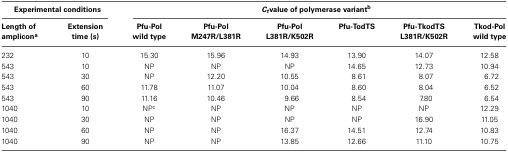
| <COLSPAN=2> Experimental conditions | <COLSPAN=6> Ctvalue of polymerase variantb |
 | Length of amplicona | Extension time (s) | Pfu-Pol wild type | Pfu-Pol M247R/L381R | Pfu-Pol L381R/K502R | Pfu-TodTS | Pfu-TkodTS L381R/K502R | Tkod-Pol wild type |
 | --- | --- | --- | --- | --- | --- | --- | --- |
 | 232 | 10 | 15.30 | 15.96 | 14.93 | 13.90 | 14.07 | 12.58 |
 | 543 | 10 | NP | NP | NP | 14.65 | 12.73 | 10.94 |
 | 543 | 30 | NP | 12.20 | 10.55 | 8.61 | 8.07 | 6.72 |
 | 543 | 60 | 11.78 | 11.07 | 10.04 | 8.60 | 8.04 | 6.52 |
 | 543 | 90 | 11.16 | 10.46 | 9.66 | 8.54 | 7.80 | 6.54 |
 | 1040 | 10 | NPc | NP | NP | NP | NP | 12.29 |
 | 1040 | 30 | NP | NP | NP | NP | 16.90 | 11.05 |
 | 1040 | 60 | NP | NP | 16.37 | 14.51 | 12.74 | 10.83 |
 | 1040 | 90 | NP | NP | 13.85 | 12.66 | 11.10 | 10.75 |